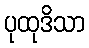
ပုထုဒိသာ